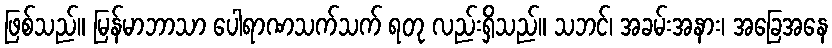
ဖြစ်သည်။ မြန်မာဘာသာ ပေါရာဏသက်သက် ရတု လည်းရှိသည်။ သဘင်၊ အခမ်းအနား၊ အခြေအနေ